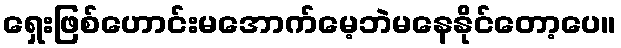
ရှေးဖြစ်ဟောင်းမအောက်မေ့ဘဲမနေနိုင်တော့ပေ။